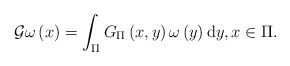
\begin{align*}\mathcal{G} \omega \left( x \right) =\int_{\Pi}{G_{\Pi}\left( x,y \right) \omega \left( y \right) \mathrm{d}y, x\in \Pi .}\end{align*}